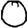
Digit: 0